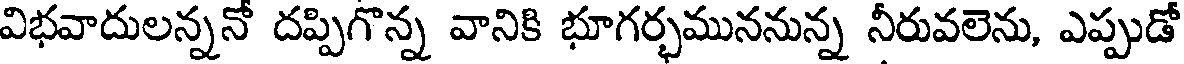
విభవాదులన్ననో దప్పిగొన్న వానికి భూగర్భముననున్న నీరువలెను, ఎప్పుడో